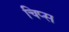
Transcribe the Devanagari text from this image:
चिप्‍स